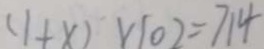
( 1 + x ) \times 1 0 2 = 7 1 4